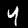
Label: 4